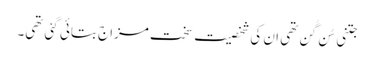
جتنی سُن گُن تھی ان کی شخصیت سخت مزاج بتائی گئی تھی۔